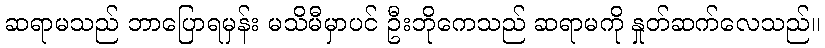
ဆရာမသည် ဘာပြောရမှန်း မသိမီမှာပင် ဦးဘိုကေသည် ဆရာမကို နှုတ်ဆက်လေသည်။